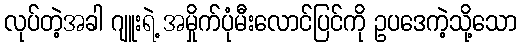
လုပ်တဲ့အခါ ဂျူးရဲ့ အမှိုက်ပုံမီးလောင်ပြင်ကို ဥပဒေကဲ့သို့သော